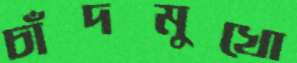
চাঁদমুখো